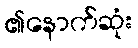
၏နောက်ဆုံး